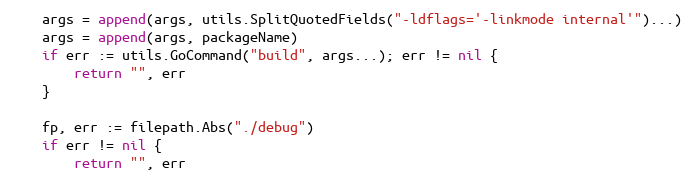
Language: Go
	args = append(args, utils.SplitQuotedFields("-ldflags='-linkmode internal'")...)
	args = append(args, packageName)
	if err := utils.GoCommand("build", args...); err != nil {
		return "", err
	}

	fp, err := filepath.Abs("./debug")
	if err != nil {
		return "", err